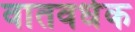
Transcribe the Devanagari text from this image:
वातवर्धक